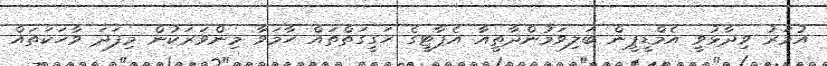
އުމަރު ވިދާޅުވީ އެމްޑީޕީން ބަލިވަމުންދާތީއާ އެޕާޓީގެ ހަގީގަތްތައް ހާމަވާ މިންވަރަކުން މިފަދަ ވާހަކަތައް